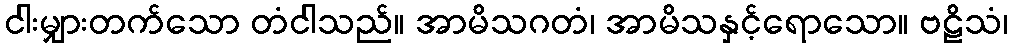
ငါးမျှားတက်သော တံငါသည်။ အာမိသဂတံ၊ အာမိသနှင့်ရောသော။ ဗဠိသံ၊